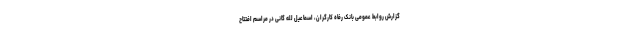
گزارش روابط عمومی بانک رفاه کارگران، اسماعیل لله گانی در مراسم افتتاح